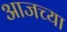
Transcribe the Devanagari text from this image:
अाजच्या